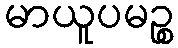
မာယူပမဉ္စ